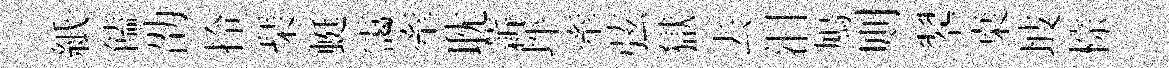
紙饁劭拎琹蜓靄牽耽薪坪牽弦獄去泪鳩则翆桒坡棕